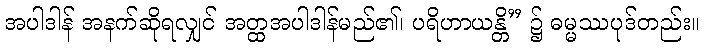
အပါဒါန် အနက်ဆိုရလျှင် အတ္ထအပါဒါန်မည်၏၊ ပရိဟာယန္တိ” ၌ ဓမ္မဿပုဒ်တည်း။